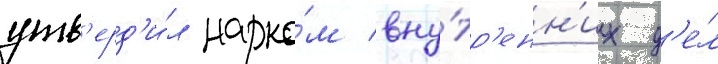
утв'ерд'и́л нарко́м вну́тр'енн'их д'е́л